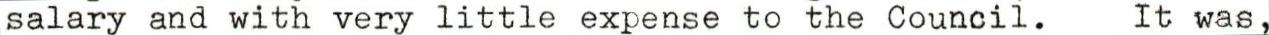
salary and with very little expense to the Council. It was,